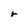
Character: r